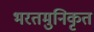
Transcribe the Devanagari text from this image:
भरतमुनिकृत